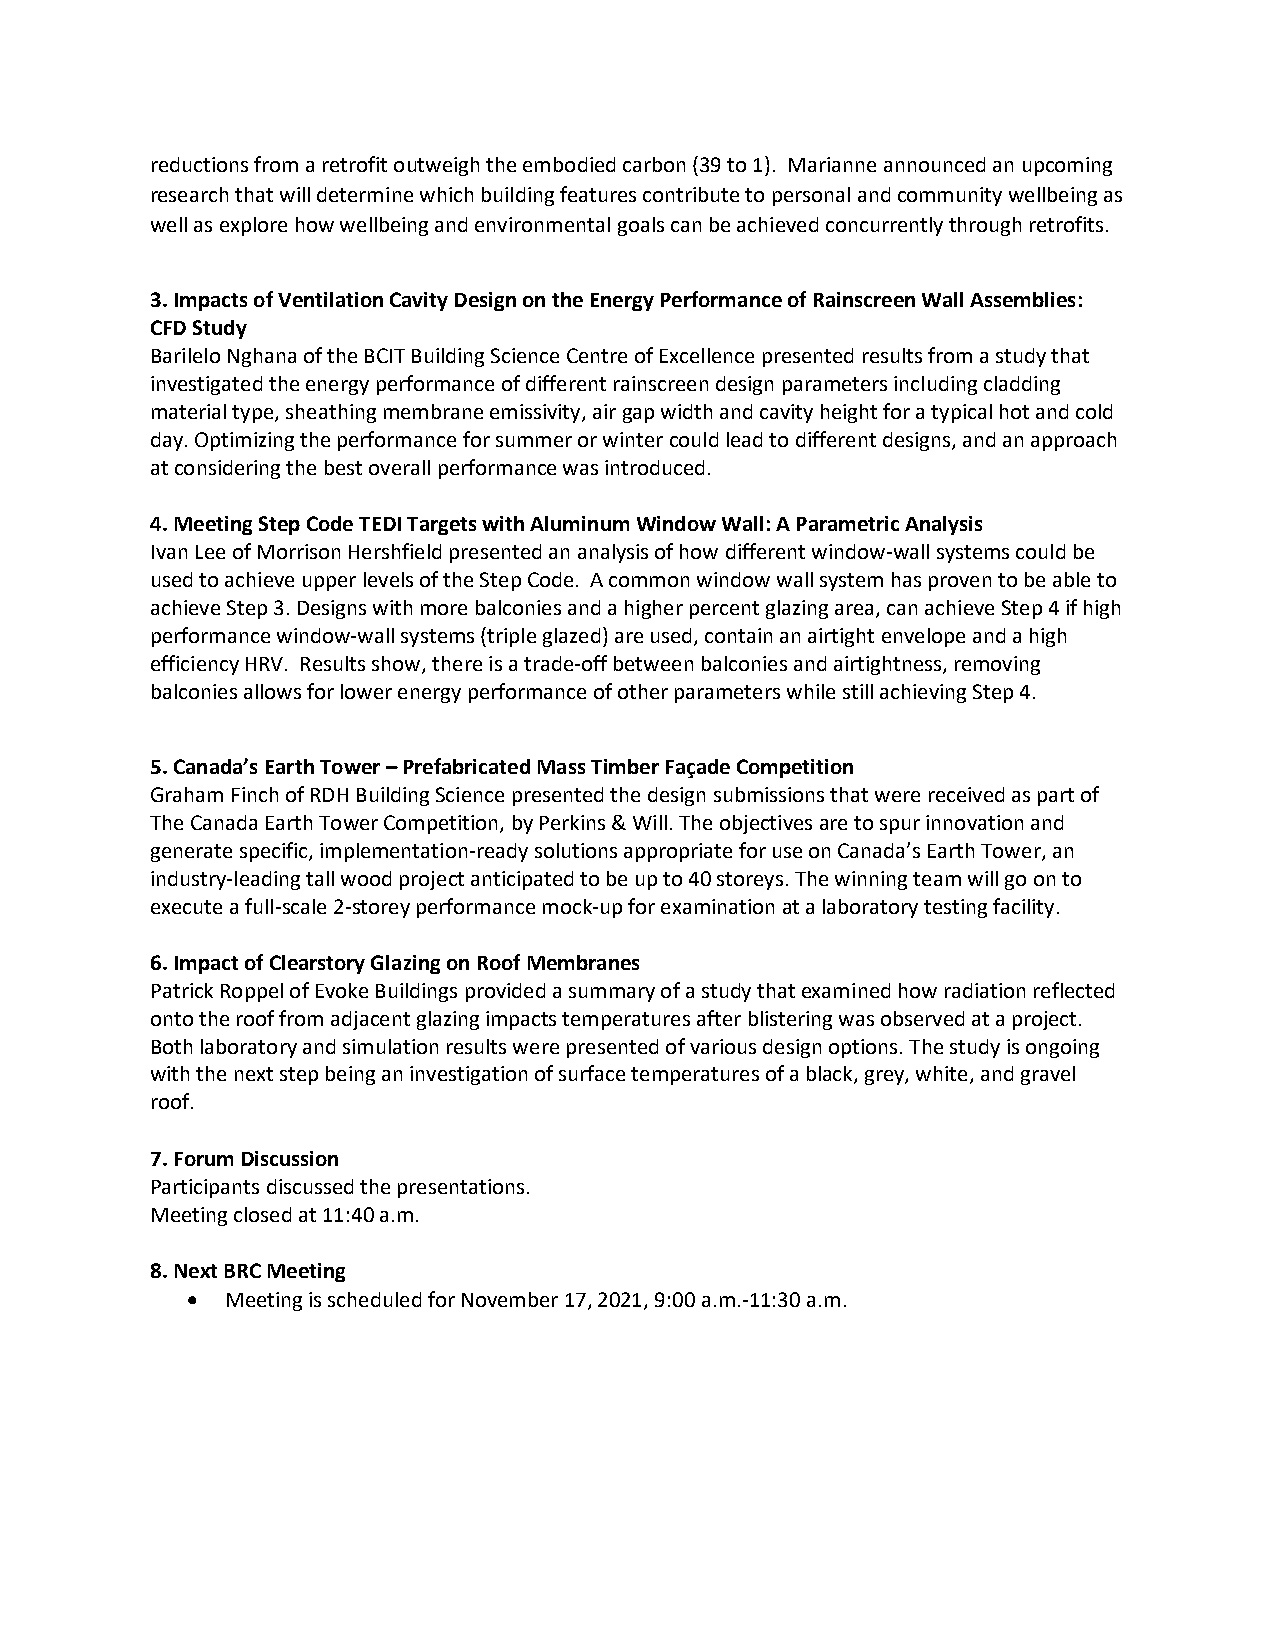
reductions from a retrofit outweigh the embodied carbon (39 to 1). Marianne announced an upcoming
 research that will determine which building features contribute to personal and community wellbeing as
 well as explore how wellbeing and environmental goals can be achieved concurrently through retrofits.
 3. Impacts of Ventilation Cavity Design on the Energy Performance of Rainscreen Wall Assemblies:
 CFD Study
 Barilelo Nghana of the BCIT Building Science Centre of Excellence presented results from a study that
 investigated the energy performance of different rainscreen design parameters including cladding
 material type, sheathing membrane emissivity, air gap width and cavity height for a typical hot and cold
 day. Optimizing the performance for summer or winter could lead to different designs, and an approach
 at considering the best overall performance was introduced.
 4. Meeting Step Code TEDI Targets with Aluminum Window Wall: A Parametric Analysis
 Ivan Lee of Morrison Hershfield presented an analysis of how different window-wall systems could be
 used to achieve upper levels of the Step Code. A common window wall system has proven to be able to
 achieve Step 3. Designs with more balconies and a higher percent glazing area, can achieve Step 4 if high
 performance window-wall systems (triple glazed) are used, contain an airtight envelope and a high
 efficiency HRV. Results show, there is a trade-off between balconies and airtightness, removing
 balconies allows for lower energy performance of other parameters while still achieving Step 4.
 5. Canada’s Earth Tower – Prefabricated Mass Timber Façade Competition
 Graham Finch of RDH Building Science presented the design submissions that were received as part of
 The Canada Earth Tower Competition, by Perkins & Will. The objectives are to spur innovation and
 generate specific, implementation-ready solutions appropriate for use on Canada’s Earth Tower, an
 industry-leading tall wood project anticipated to be up to 40 storeys. The winning team will go on to
 execute a full-scale 2-storey performance mock-up for examination at a laboratory testing facility.
 6. Impact of Clearstory Glazing on Roof Membranes
 Patrick Roppel of Evoke Buildings provided a summary of a study that examined how radiation reflected
 onto the roof from adjacent glazing impacts temperatures after blistering was observed at a project.
 Both laboratory and simulation results were presented of various design options. The study is ongoing
 with the next step being an investigation of surface temperatures of a black, grey, white, and gravel
 roof.
 7. Forum Discussion
 Participants discussed the presentations.
 Meeting closed at 11:40 a.m.
 8. Next BRC Meeting
 •  Meeting is scheduled for November 17, 2021, 9:00 a.m.-11:30 a.m.